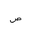
Letter: _sad